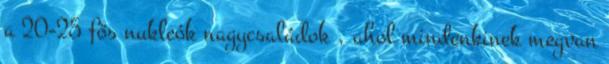
a 20-25 fős nukleók nagycsaládok , ahol mindenkinek megvan